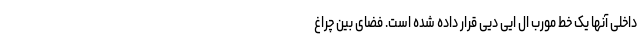
داخلی آنها یک خط مورب ال ایی دیی قرار داده شده است. فضای بین چراغ